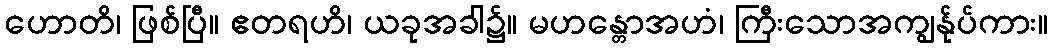
ဟောတိ၊ ဖြစ်ပြီ။ ဧတရဟိ၊ ယခုအခါ၌။ မဟန္တောအဟံ၊ ကြီးသောအကျွန်ုပ်ကား။